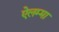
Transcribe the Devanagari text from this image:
ऐलम्मा